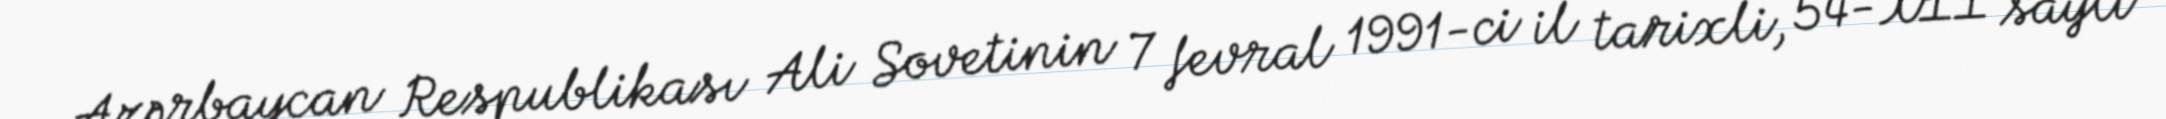
Azərbaycan Respublikası Ali Sovetinin 7 fevral 1991-ci il tarixli, 54-XII saylı